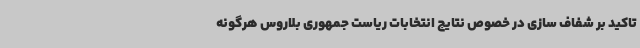
تاکید بر شفاف سازی در خصوص نتایج انتخابات ریاست جمهوری بلاروس هرگونه